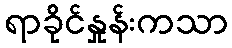
ရာခိုင်နှုန်းကသာ